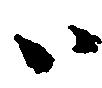
ハ